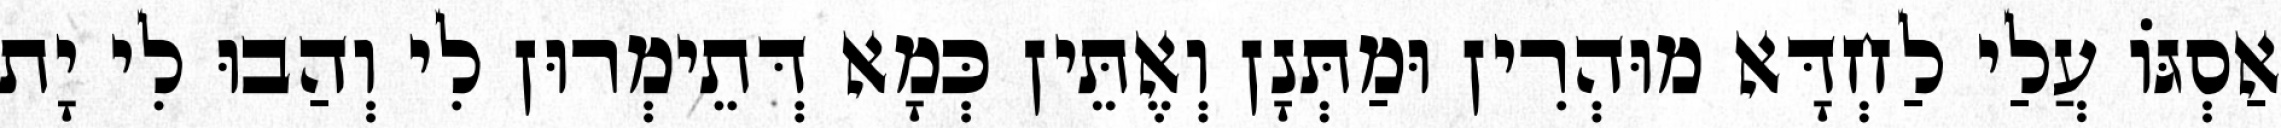
אַסְגּוֹ עֲלַי לַחְדָּא מוּהְרִין וּמַתְּנָן וְאֶתֵּין כְּמָא דְּתֵימְרוּן לִי וְהַבוּ לִי יָת